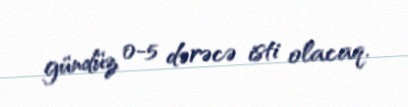
gündüz 0-5 dərəcə isti olacaq.